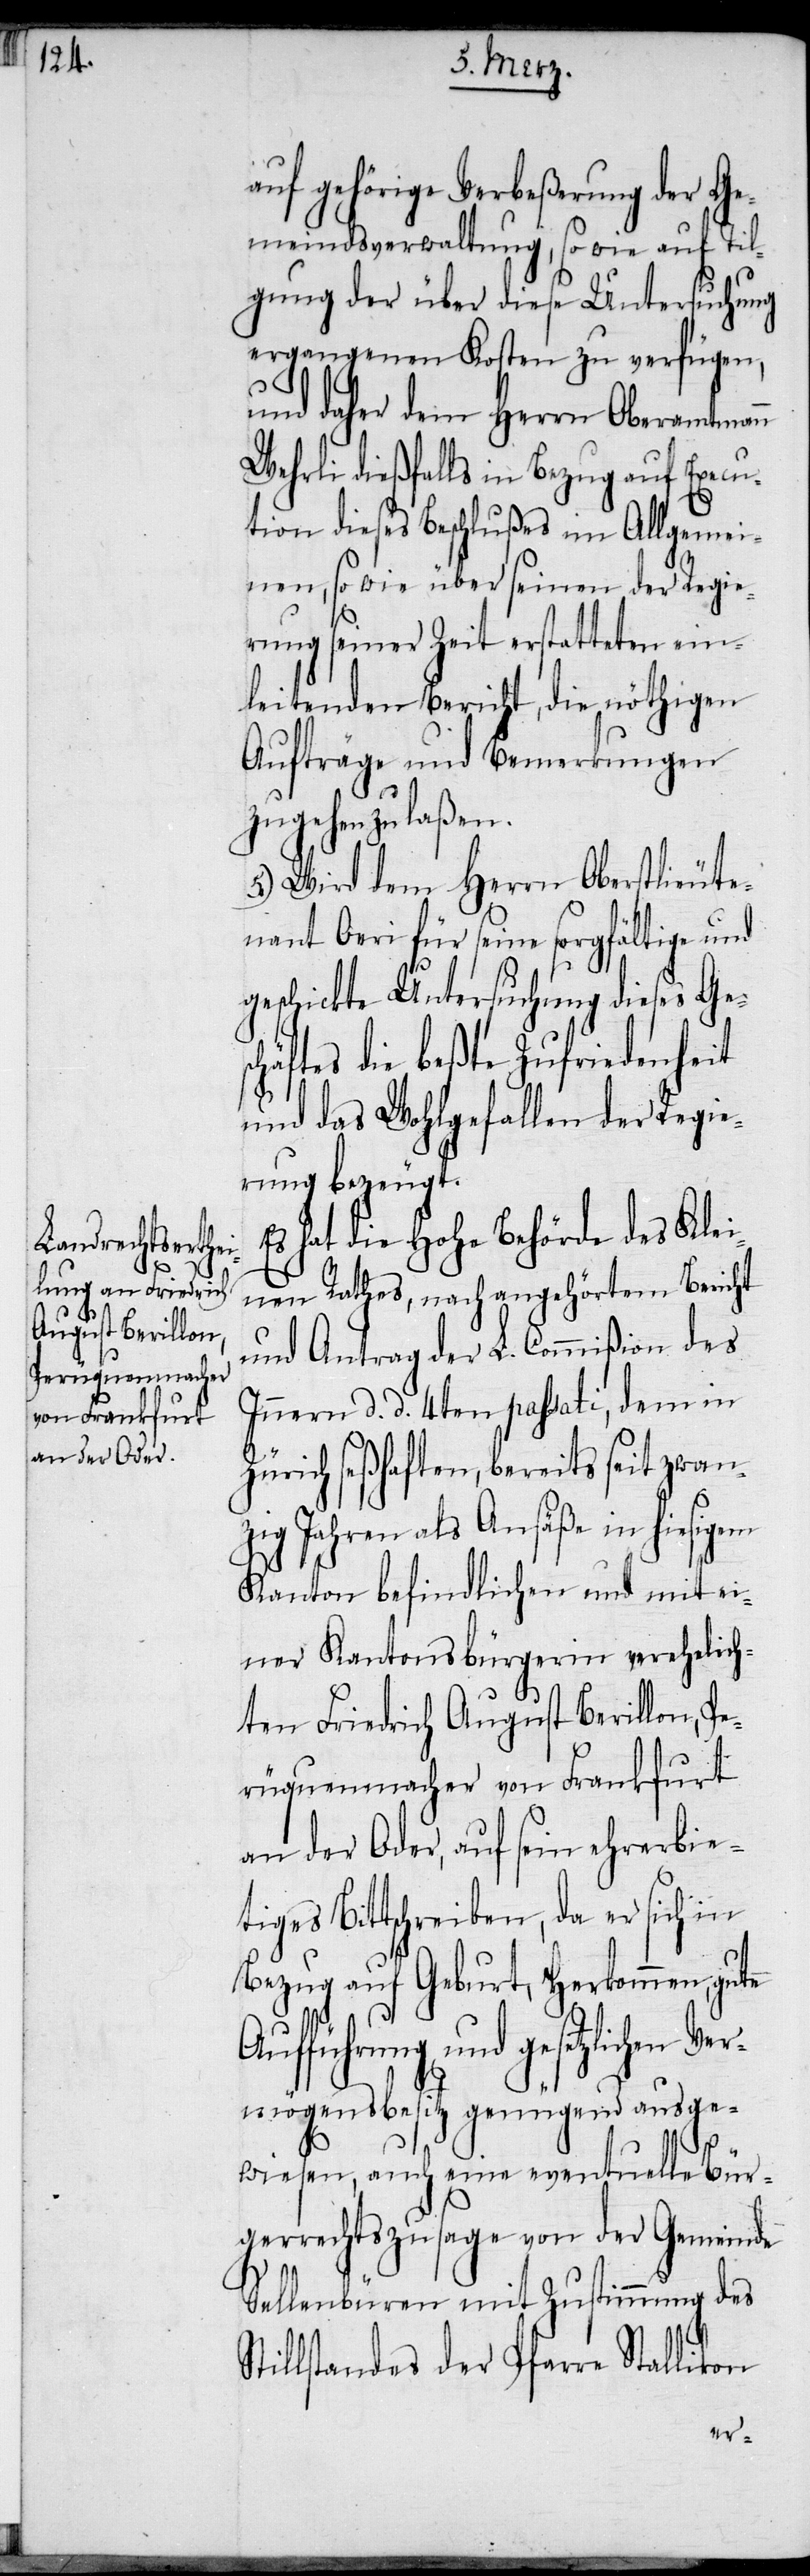
auf gehörige Verbeßerung der Ge¬
meindsverwaltung, so wie auf Til¬
gung der über diese Untersuchung
ergangenen Kosten zu verfügen,
und daher dem Herrn Oberamtmann
Wehrli dießfalls in Bezug auf Execu¬
tion dieses Beschlußes im Allgemei¬
nen, so wie über seinen der Regie¬
rung seiner Zeit erstatteten ein¬
leitenden Bericht, die nöthigen
Aufträge und Bemerkungen
zugehen zu laßen.
5.) Wird dem Herrn Oberstlieute¬
nant Oeri für seine sorgfältige und
geschickte Untersuchung dieses Ges¬
chäftes die beßte Zufriedenheit
und das Wohlgefallen der Regie¬
rung bezeugt.
Es hat die Hohe Behörde des Kle¬
inen Rathes, nach angehörtem Bericht
und Antrag der L. Commißion des
Innern d. d. 4ten passati, dem in
Zürich seßhaften, bereits seit zwan¬
zig Jahren als Ansäße in hiesigem
Kanton befindlichen und mit ei¬
ner Kantonsbürgerin verehelich¬
ten Friedrich August Berillon, P¬
erüquenmacher von Frankfurt
an der Oder, auf sein ehrerbie¬
tiges Bittschreiben, da er sich in
Bezug auf Geburt, Herkommen, gute
Aufführung und gesetzlichen Ver¬
mögensbesitz genügend ausge¬
wiesen, auch eine eventuelle Bür¬
gerrechtszusage von der Gemeinde
Sellenbüren mit Zustimmung des
Stillstandes der Pfarre Stallikon